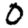
Digit: 0